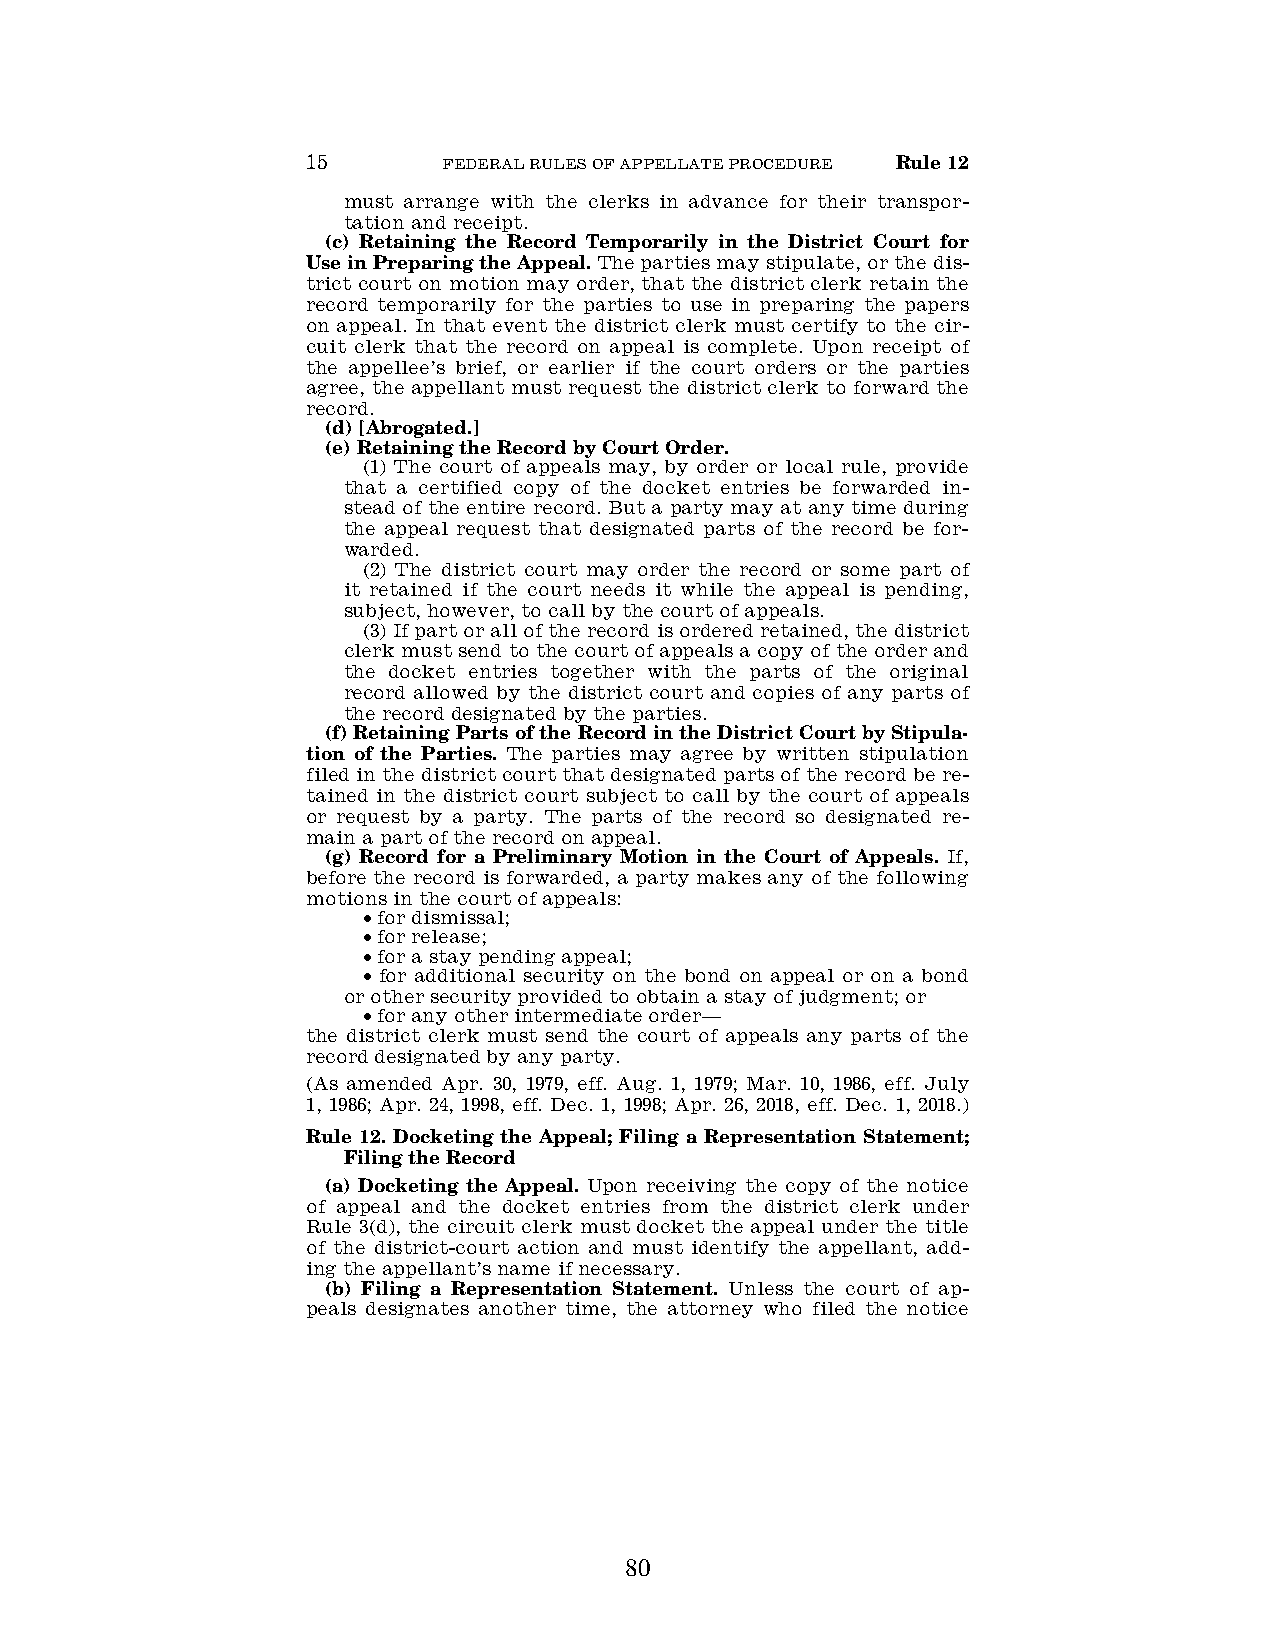
15       FEDERAL RULES OF APPELLATE PROCEDURE Rule 12
 must arrange with the clerks in advance for their transpor-
 tation and receipt.
 (c) Retaining the Record Temporarily in the District Court for
 Use in Preparing the Appeal. The parties may stipulate, or the dis-
 trict court on motion may order, that the district clerk retain the
 record temporarily for the parties to use in preparing the papers
 on appeal. In that event the district clerk must certify to the cir-
 cuit clerk that the record on appeal is complete. Upon receipt of
 the appellee’s brief, or earlier if the court orders or the parties
 agree, the appellant must request the district clerk to forward the
 record.
 (d) [Abrogated.]
 (e) Retaining the Record by Court Order.
 (1) The court of appeals may, by order or local rule, provide
 that a certified copy of the docket entries be forwarded in-
 stead of the entire record. But a party may at any time during
 the appeal request that designated parts of the record be for-
 warded.
 (2) The district court may order the record or some part of
 it retained if the court needs it while the appeal is pending,
 subject, however, to call by the court of appeals.
 (3) If part or all of the record is ordered retained, the district
 clerk must send to the court of appeals a copy of the order and
 the docket entries together with the parts of the original
 record allowed by the district court and copies of any parts of
 the record designated by the parties.
 (f) Retaining Parts of the Record in the District Court by Stipula-
 tion of the Parties. The parties may agree by written stipulation
 filed in the district court that designated parts of the record be re-
 tained in the district court subject to call by the court of appeals
 or request by a party. The parts of the record so designated re-
 main a part of the record on appeal.
 (g) Record for a Preliminary Motion in the Court of Appeals. If,
 before the record is forwarded, a party makes any of the following
 motions in the court of appeals:
 • for dismissal;
 • for release;
 • for a stay pending appeal;
 • for additional security on the bond on appeal or on a bond
 or other security provided to obtain a stay of judgment; or
 • for any other intermediate order—
 the district clerk must send the court of appeals any parts of the
 record designated by any party.
 (As amended Apr. 30, 1979, eff. Aug. 1, 1979; Mar. 10, 1986, eff. July
 1, 1986; Apr. 24, 1998, eff. Dec. 1, 1998; Apr. 26, 2018, eff. Dec. 1, 2018.)
 Rule 12. Docketing the Appeal; Filing a Representation Statement;
 Filing the Record
 (a) Docketing the Appeal. Upon receiving the copy of the notice
 of appeal and the docket entries from the district clerk under
 Rule 3(d), the circuit clerk must docket the appeal under the title
 of the district-court action and must identify the appellant, add-
 ing the appellant’s name if necessary.
 (b) Filing a Representation Statement. Unless the court of ap-
 peals designates another time, the attorney who filed the notice
 80